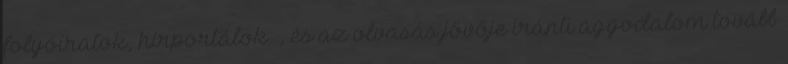
folyóiratok, hírportálok , és az olvasás jövője iránti aggodalom tovább